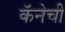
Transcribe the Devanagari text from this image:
कॅनेची